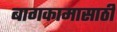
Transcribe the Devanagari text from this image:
बागकामासाठी